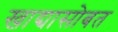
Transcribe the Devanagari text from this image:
खाद्यासोबत